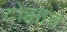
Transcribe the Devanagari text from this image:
दोह्यात